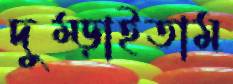
দুম্‌ড়াইতাম